Leprosy in India: report of the Leprosy Commission in India, 1890-91
Year: 1890
Disease focus: Leprosy
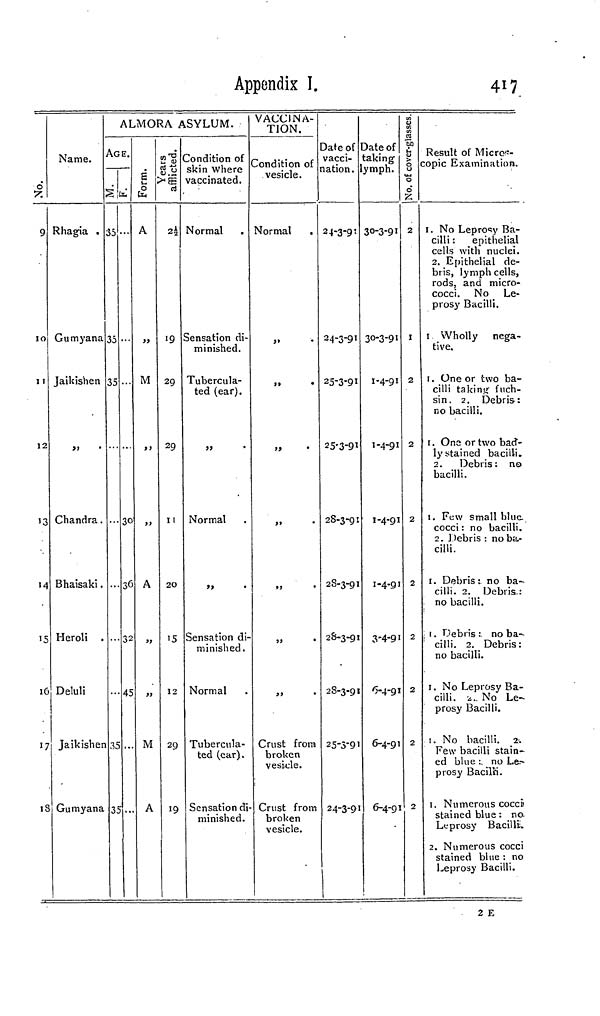
Appendix I.
417
0
s*;
9
m
11
12
13
\¿
10
17
18
Name.
Rhagia .
Gum) r ana
Jaikishen
>> •
Chandra.
Bhaisaki.
Heroli .
Deluli
Jaikishen
Gumyana
ALMORA ASYLUM.
AGE.
S
35
35
35
35
3D
u,
30
36
32
45
••
S
£
A
>>
M
>J
j>
A
„
>>
M
A
1rs
ted.
CU.«
2 2
19
29
29
II
2O
15
12
29
19
Condition of
skin where
vaccinated.
Normal
Sensation di-
minished.
Tubercula-
ted (ear).
Normal
>>
Sensation di-
minished.
Normal
Tubercula-
ted (ear).
Sensation di
minished.
VACCINA-
TION.
Condition of
vesicle.
Normal
j»
•
>>
•
>»
•
tj
•
j>
•
Si
'
Crust from
broken
vesi.de.
Crust from
broken
vesicle.
Date of
vacci-
nation.
24-3-9!
24-3-91
25-3-91
25-3-91
28-3-91
2S-3-91
2S-3-91
28-3-91
25-3-9I
24-3-91
Date of
taking
ymph.
30-3-91
30-3-91
1-4-91
I-4-91
1-4-91
1-4-91
3-4-91
6-4-91
6-4-91
6-4-91
isses.
over-gl£
'S
No.
2
1
2
2
2
2
2
2
2
2
Result of Micros-
copic Examination.
1. No Leprosy Ba-
cilli : epithelial
cells with nuclei.
2. Epithelial de-
bris, lymph cells,
rods, and micro-
cocci. No Le-
prosy Bacilli.
1 Wholly nega-
tive.
1. One or two ba-
cilli takinir fuch-
sin. 2. Debris:
no bacilli.
t. One ort%vo bad 1 -
1}'stained bacilli.
2. Debris : no
bacilli.
1. Few small blue
cocci : no bacilli.
2. Debris : no ba-
cilli.
1. Debris: no ba-
cilli. 2. Debris.:
no bacilli.
, 1. Debt is : no ba-
cilli. 2. Debris:
no bacilli.
1. No Leprosy Ba-
cilli, 'z. No Le-
prosy Bacilli.
i. No bacilli. 2.
Few bacilli stain-
ed blue : no Le.-
prosy BacilH.
1. Numerous cocci
stained blue : no-
Leprosy Bacilli.
2. Numerous cocci
stained blue : no
Leprosy Bacilli.
2 E